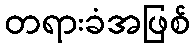
တရားခံအဖြစ်